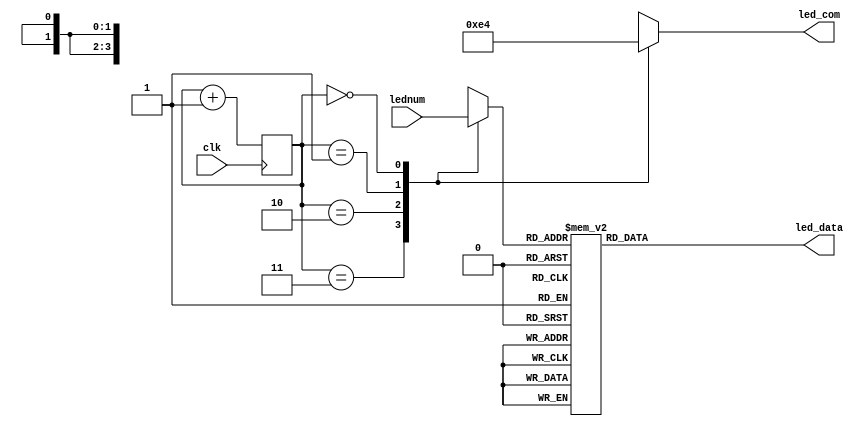
module Led_Display(  //4
        input wire clk, //250Hz
        input wire [15:0] lednum, //4BCD
        output reg [7:0] led_data, //
        output reg [1:0] led_com //
        );
        
        reg [3:0] led_BCD = 4'h0; //BCD
        reg [1:0] count = 2'd0; //
        
        always @ (posedge clk) begin //4,62.5Hz
                count = count + 1'b1; //
        end
        
        always @ (count,lednum) begin
                case (count) //
                        2'd3: 
								begin
									led_BCD[3:0] = lednum[15:12]; //1
									led_com = 2'b11;
								end
                        2'd2:
								begin
									led_BCD[3:0] = lednum[11:8]; //2
									led_com = 2'b10;
								end
                        2'd1:
								begin
									led_BCD[3:0] = lednum[7:4]; //3
									led_com = 2'b01;
								end
                        2'd0:
								begin
									led_BCD[3:0] = lednum[3:0]; //4
									led_com = 2'b00;
								end
                endcase
        end
 
        always @ (led_BCD) begin
                case (led_BCD) //
                        4'h0: led_data[7:0] = 8'b1100_0000; //0
                        4'h1: led_data[7:0] = 8'b1111_1001; //1
                        4'h2: led_data[7:0] = 8'b1010_0100; //2
                        4'h3: led_data[7:0] = 8'b1011_0000; //3
                        4'h4: led_data[7:0] = 8'b1001_1001; //4
                        4'h5: led_data[7:0] = 8'b1001_0010; //5
                        4'h6: led_data[7:0] = 8'b1000_0010; //6
                        4'h7: led_data[7:0] = 8'b1111_1000; //7
                        4'h8: led_data[7:0] = 8'b1000_0000; //8
                        4'h9: led_data[7:0] = 8'b1001_0000; //9
                        4'hA: led_data[7:0] = 8'b1000_1000; //A
                        4'hB: led_data[7:0] = 8'b1000_0011; //B
                        4'hC: led_data[7:0] = 8'b1100_0110; //C
                        4'hD: led_data[7:0] = 8'b1010_0001; //D
                        4'hE: led_data[7:0] = 8'b1000_0110; //E
                        4'hF: led_data[7:0] = 8'b1000_1110; //F
                        default: led_data[7:0] = 8'b1111_1111; //
                endcase
        end
                
endmodule